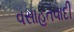
વસાહતવાદી